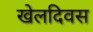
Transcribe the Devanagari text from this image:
खेलदिवस